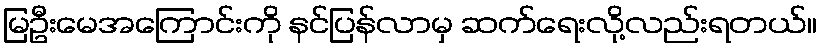
မြဦးမေအကြောင်းကို နင်ပြန်လာမှ ဆက်ရေးလို့လည်းရတယ်။